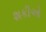
શકીએ